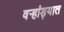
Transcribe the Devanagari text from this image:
वऱ्हांड्यात